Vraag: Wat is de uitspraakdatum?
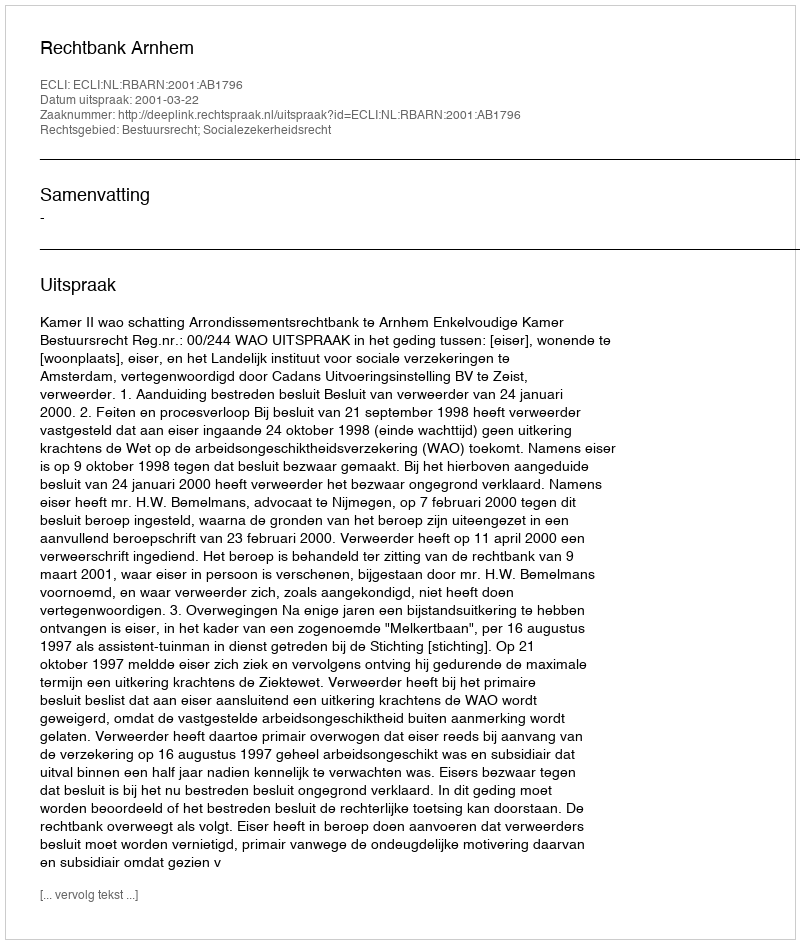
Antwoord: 2001-03-22